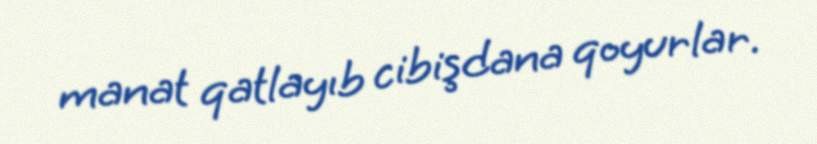
manat qatlayıb cibişdana qoyurlar.